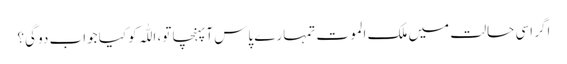
اگر اسی حالت میں ملک الموت تمہارے پاس آپہنچا تو، اللّٰہ کو کیا جواب دو گی؟